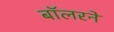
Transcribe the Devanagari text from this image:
बॉलरने